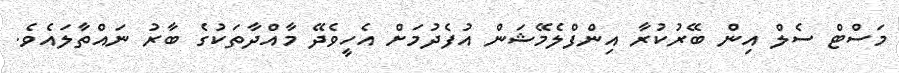
މަސްޓް ސެލް އިން ބޭރުކުރާ އިންފްލެމޭޝަން އުފެދުމަށް އެހީވެދޭ މާއްދާތަކުގެ ބާރު ނައްތާލައެވެ.